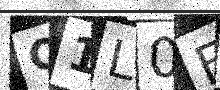
Text: Q1L0E7